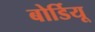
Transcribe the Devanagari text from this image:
बोर्डियू